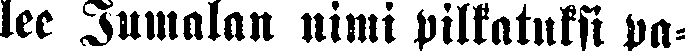
lee Jumalan nimi pilkatuksi pa-